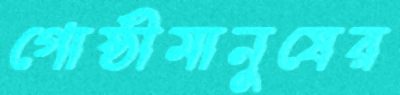
গোষ্ঠীমানুষের